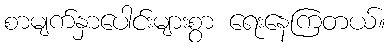
စာမျက်နှာပေါင်းများစွာ ရေးနေကြတယ်။